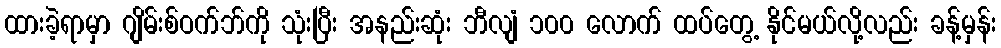
ထားခဲ့ရာမှာ ဂျိမ်းစ်ဝက်ဘ်ကို သုံးပြီး အနည်းဆုံး ဘီလျံ ၁၀၀ လောက် ထပ်တွေ့ နိုင်မယ်လို့လည်း ခန့်မှန်း